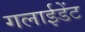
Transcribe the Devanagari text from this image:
गलाईडेंट